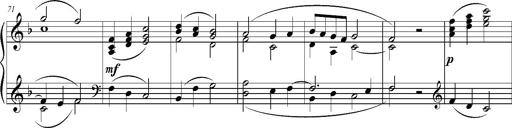
Title: Ave Maria d' Arcadelt
Composer: Franz Liszt